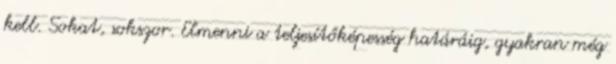
kell. Sokat, sokszor. Elmenni a teljesítőképesség határáig, gyakran még